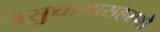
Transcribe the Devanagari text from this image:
वसुधायासहरणो